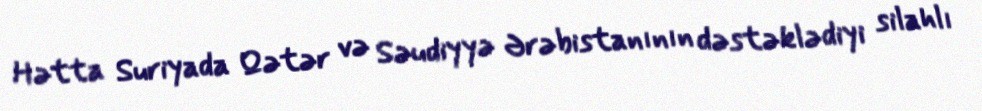
Hətta Suriyada Qətər və Səudiyyə Ərəbistanının dəstəklədiyi silahlı